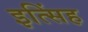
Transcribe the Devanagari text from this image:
इत्सिंह